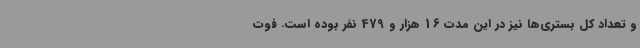
و تعداد کل بستری‌ها نیز در این مدت 16 هزار و 479 نفر بوده است. فوت